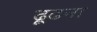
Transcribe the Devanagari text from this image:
ढ़ूढना